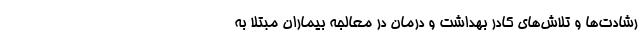
رشادت‌ها و تلاش‌های کادر بهداشت و درمان در معالجه بیماران مبتلا به